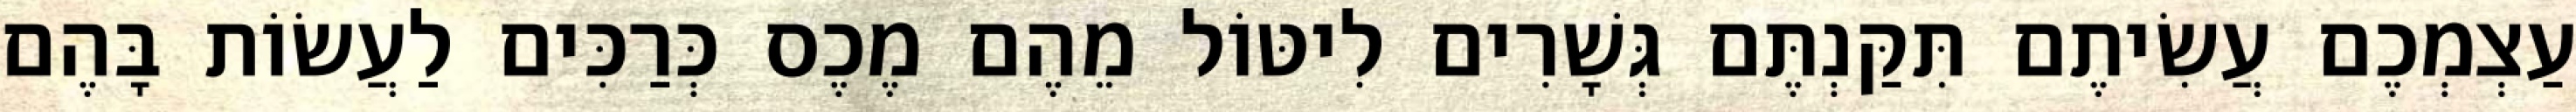
עַצְמְכֶם עֲשִׂיתֶם תִּקַּנְתֶּם גְּשָׁרִים לִיטּוֹל מֵהֶם מֶכֶס כְּרַכִּים לַעֲשׂוֹת בָּהֶם